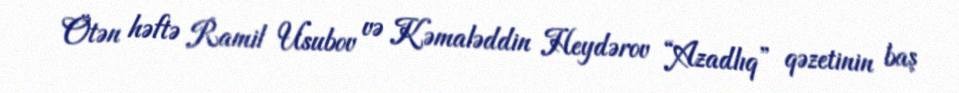
Ötən həftə Ramil Usubov və Kəmaləddin Heydərov “Azadlıq” qəzetinin baş